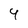
Character: 9